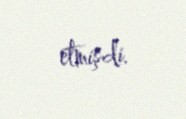
etmişdi.